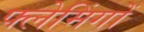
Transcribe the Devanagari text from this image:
फ्लेमिंगों